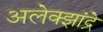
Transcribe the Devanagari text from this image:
अलेक्झांद्रे